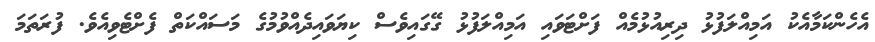
އެހެންކަމާއެކު އަމިއްލަފުޅު ދިރިއުޅުމެއް ފަށްޓަވައި އަމިއްލަފުޅު ގޭގައިވެސް ކިޔަވައިދެއްވުމުގެ މަސައްކަތް ފެށްޓެވިއެވެ. ފުރަތަމަ